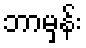
ဘာမှန်း